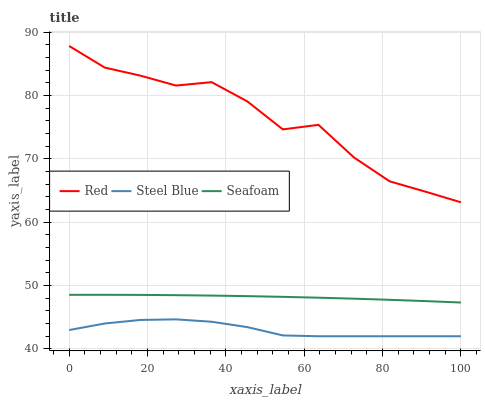
| xaxis_label | Red | Steel Blue | Seafoam |
 | --- | --- | --- | --- |
 | 0 | 87.8 | 43 | 48.5 |
 | 9.09 | 84.4 | 44 | 48.5 |
 | 18.2 | 83.1 | 44.6 | 48.5 |
 | 27.3 | 81.6 | 44.7 | 48.5 |
 | 36.4 | 82.1 | 44.3 | 48.4 |
 | 45.5 | 79.1 | 43.4 | 48.3 |
 | 54.5 | 74.7 | 42.1 | 48.2 |
 | 63.6 | 75.4 | 42 | 48.1 |
 | 72.7 | 70.2 | 42 | 47.9 |
 | 81.8 | 66.5 | 42 | 47.8 |
 | 90.9 | 64.8 | 42 | 47.6 |
 | 100 | 63.1 | 42 | 47.3 |